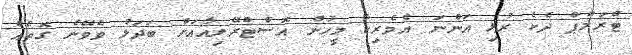
ޓްރަމްޕް ދެކެ ރުޅި އަންނަ އެމެރިކާ މީހުން އޮސްޓްރޭލިއާއަށް ބަދަލު ވެވޭނެ ގޮތެއް